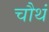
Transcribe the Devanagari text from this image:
चौथं